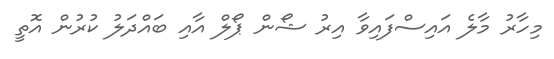
މިހާރު މާލެ އައިސްފައިވާ އިރު ޝޯން ޕޯލް އާއި ބައްދަލު ކުރުން އޮތީ